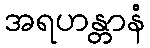
အရဟန္တာနံ